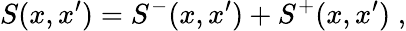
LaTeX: S(x,x^{\prime})=S^{-}(x,x^{\prime})+S^{+}(x,x^{\prime})\; ,